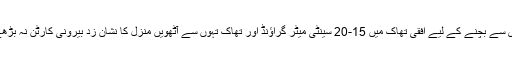
تری سے بچنے کے لیے افقی تھاک میں 15-20 سینٹی میٹر گراؤنڈ اور تھاک تہوں سے آٹھویں منزل کا نشان زد بیرونی کارٹن نہ بڑھے ۔